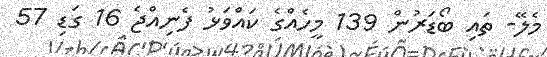
މެލޭ- ތައި ބޯޑަރުން 139 މީހެއްގެ ކައްވަޅު ފެނިއްޖެ 16 ގަޑި 57